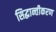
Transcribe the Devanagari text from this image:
सिद्धान्तीकरण